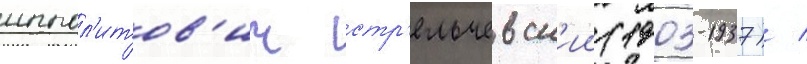
иппол'итов'ич стр'ельчевск'ии (1903-1937) /